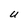
Character: U